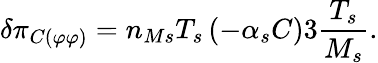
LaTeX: \delta\pi_{C\left(\varphi\varphi\right)}=n_{Ms}T_{s}\left(-\alpha_{s}C\right)3\frac{T_{s}}{M_{s}}.